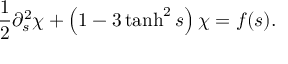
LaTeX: \frac { 1 } { 2 } \partial _ { s } ^ { 2 } \chi + \left( 1 - 3 \operatorname { t a n h } ^ { 2 } s \right) \chi = f ( s ) .